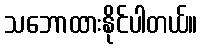
သဘောထားနိုင်ပါတယ်။